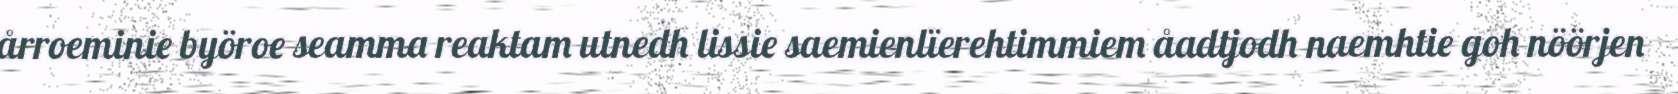
årroeminie byöroe seamma reaktam utnedh lissie saemienlïerehtimmiem åadtjodh naemhtie goh nöörjen